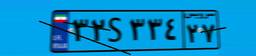
۹۴S۰۸۹۱۹